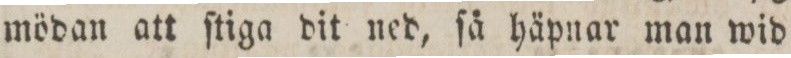
mödan att ſtiga dit ned, ſå häpnar man wid